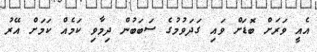
އެއީ ވަރަށް ބޮޑަށް ވައި ގަދަވުމުގެ ސަބަބުން ދިމާވި ކަމެއް ކަމަށް އޭރު